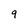
Character: 9